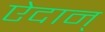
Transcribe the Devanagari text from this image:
ऐदान्